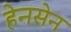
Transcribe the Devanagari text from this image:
हेनसेन